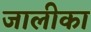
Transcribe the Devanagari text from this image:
जालीका